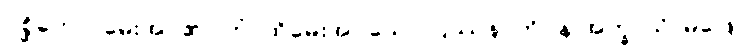
ပုစ္ဆိတော၊ မေးအပ်၏။ တံ၊ ထိုမေးအပ်သော ပြဿနာကို။ န အက္ခာသိ၊ မဖြေ။